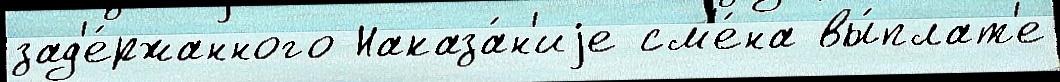
зад'е́ржанного Наказа́н'иjе см'е́на вы́плат'е